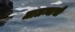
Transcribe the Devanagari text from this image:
जालन्याची